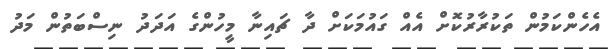
އެހެންކަމުން ތަކުރާރުކޮށް އެއް ގައުމަކަށް ދާ ޗައިނާ މީހުންގެ އަދަދު ނިސްބަތުން މަދު